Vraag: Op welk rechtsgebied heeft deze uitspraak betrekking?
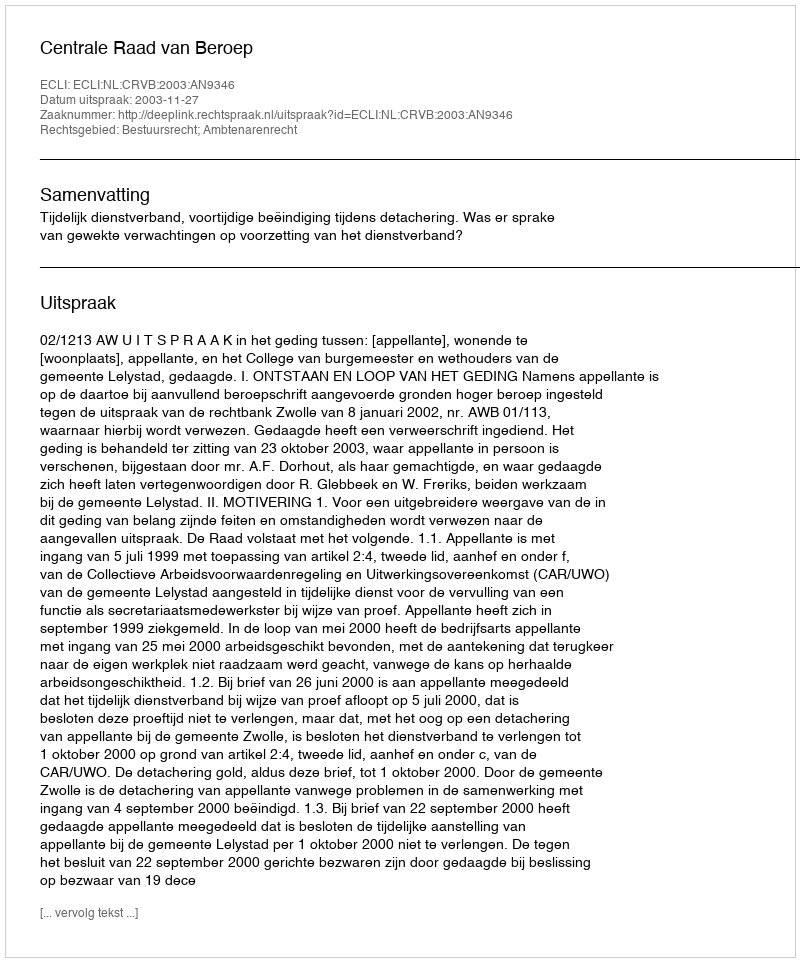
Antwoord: Bestuursrecht; Ambtenarenrecht